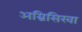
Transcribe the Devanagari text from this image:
अग्निसिखा